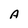
Character: A